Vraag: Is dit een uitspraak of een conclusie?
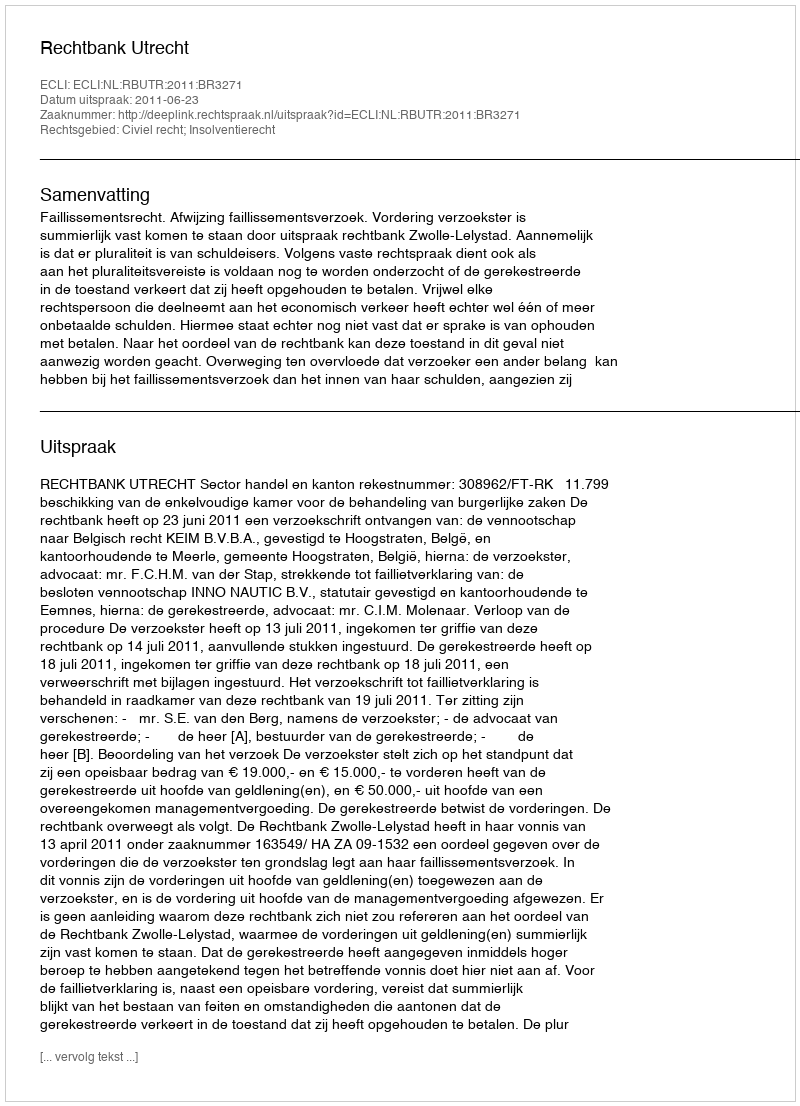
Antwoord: Uitspraak